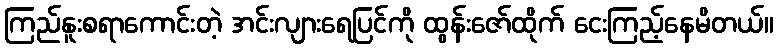
ကြည်နူးစရာကောင်းတဲ့ အင်းလျားရေပြင်ကို ထွန်းဇော်ထိုက် ငေးကြည့်နေမိတယ်။